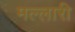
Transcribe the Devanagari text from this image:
मल्लारी